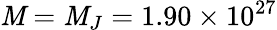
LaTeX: \mathit{M}=\mathit{M}_{J}=1.90\times10^{27}